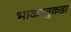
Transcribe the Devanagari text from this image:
भाकरतुकडा